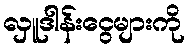
လှူဒါန်းငွေများကို